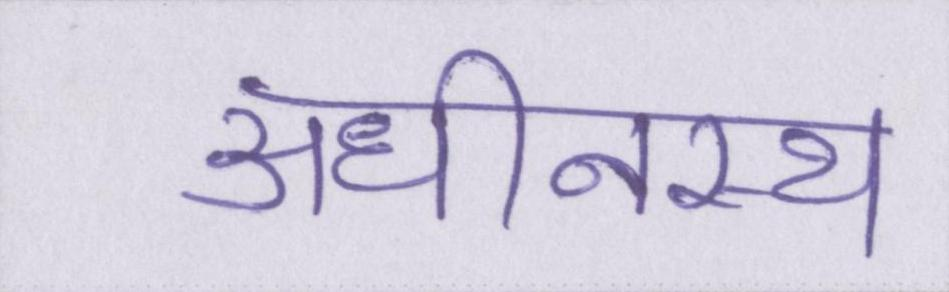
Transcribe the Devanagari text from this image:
अधीनस्थ